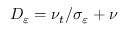
D _ { \varepsilon } = \nu _ { t } / \sigma _ { \varepsilon } + \nu